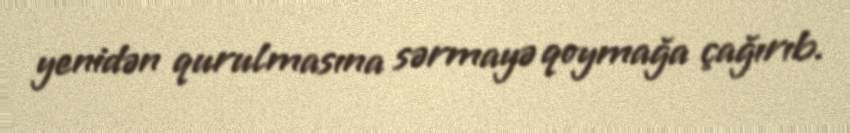
yenidən qurulmasına sərmayə qoymağa çağırıb.